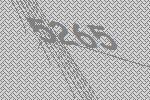
5265